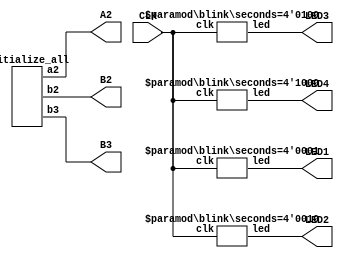
module blinky(CLK,LED1,LED2,LED3,LED4,A2,B2,B3); 


	//-------------- initializations ------------- 
	output wire A2,B2,B3;
	initialize_all i(.a2(A2),.b2(B2),.b3(B3));
	//-------------------------------------------
	
	input wire CLK;
	output wire LED1,LED2,LED3,LED4;
	defparam b1.seconds = 4'd1, b2.seconds = 4'd2, b3.seconds = 4'd4,b4.seconds = 4'd8;
	blink b1(.clk(CLK),.led(LED1));
	blink b2(.clk(CLK),.led(LED2));
	blink b3(.clk(CLK),.led(LED3));
	blink b4(.clk(CLK),.led(LED4));
endmodule

module blink(clk,led);
	input clk;
	output reg led;
	parameter seconds = 1'd1;
	reg [32:0] expected_count;
	reg [32:0] count = 32'd0;
	
	initial begin
		expected_count = seconds*32'd100000000;	//convert seconds to 10^8 seconds
		led = 1'b0;
	end
		
	always @(posedge(clk)) begin
		count = count + 1;
		if (count == expected_count) begin
			led = ~ led;
			count = 0;
		end
	end
endmodule

module initialize_all(a2,b2,b3);

	//------- disable seven segment display -------	
	output reg a2,b2,b3;
	initial begin
		a2 = 1'b1;
		b2 = 1'b1;
		b3 = 1'b1;
	end
	//--------------------------------------------
endmodule

//module stimulus();
//	reg clk,dummy;
//	wire led,a2,b2,b3;
//	blinky b(clk,led,a2,b2,b3);
//	
//	initial begin
//		$dumpfile("simulation.vcd");
//		$dumpvars(dummy,clk,led);
//	end
//	
//	initial 
//		clk = 1'b0;
//
//	always 
//		#1 clk = ~ clk;
//	
//	initial 
//		#1215752192 $finish;
//endmodule